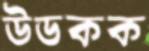
উডকক